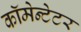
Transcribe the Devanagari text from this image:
कॉमेन्टेटर